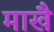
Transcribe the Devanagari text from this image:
माखै